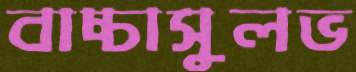
বাচ্চাসুলভ